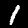
Label: 1